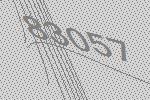
83057